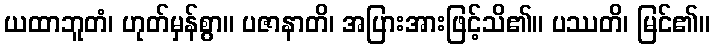
ယထာဘူတံ၊ ဟုတ်မှန်စွာ။ ပဇာနာတိ၊ အပြားအားဖြင့်သိ၏။ ပဿတိ၊ မြင်၏။